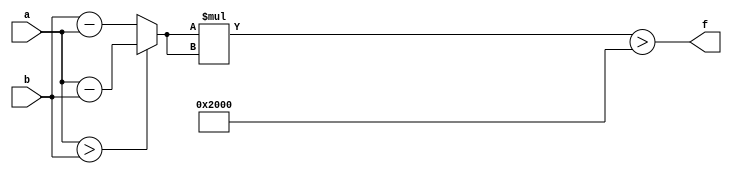
module maxse_mit(a, b, f);
parameter _bit = 18;
parameter maxse = 8192;
input [_bit - 1: 0] a;
input [_bit - 1: 0] b;
output f;
wire [_bit - 1: 0] diff;
wire [_bit * 2 - 1: 0] se;
assign diff = (a > b)? (a - b): (b - a);
assign se = diff * diff;
assign f = (se > maxse);
endmodule